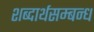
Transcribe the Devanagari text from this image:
शब्दार्थसम्बन्ध